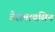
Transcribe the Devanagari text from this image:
टैरामायसिन